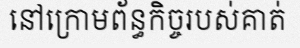
នៅក្រោមព័ន្ធកិច្ចរបស់គាត់